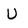
Character: U